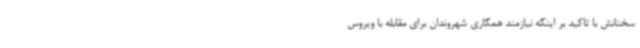
سخنانش با تاکید بر اینکه نیازمند همکاری شهروندان برای مقابله با ویروس